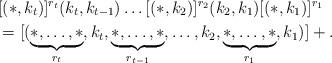
LaTeX: \begin{align*}&[(*,k_t)]^{r_t}(k_t,k_{t-1})\dots [(*,k_2)]^{r_2}(k_2,k_1)[(*,k_1)]^{r_1}\\&=[(\underbrace{*,\dots,*}_{r_t},k_t,\underbrace{*,\dots,*}_{r_{t-1}},\dots,k_{2},\underbrace{*,\dots,*}_{r_1},k_1)]+. \end{align*}